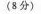
(8分)